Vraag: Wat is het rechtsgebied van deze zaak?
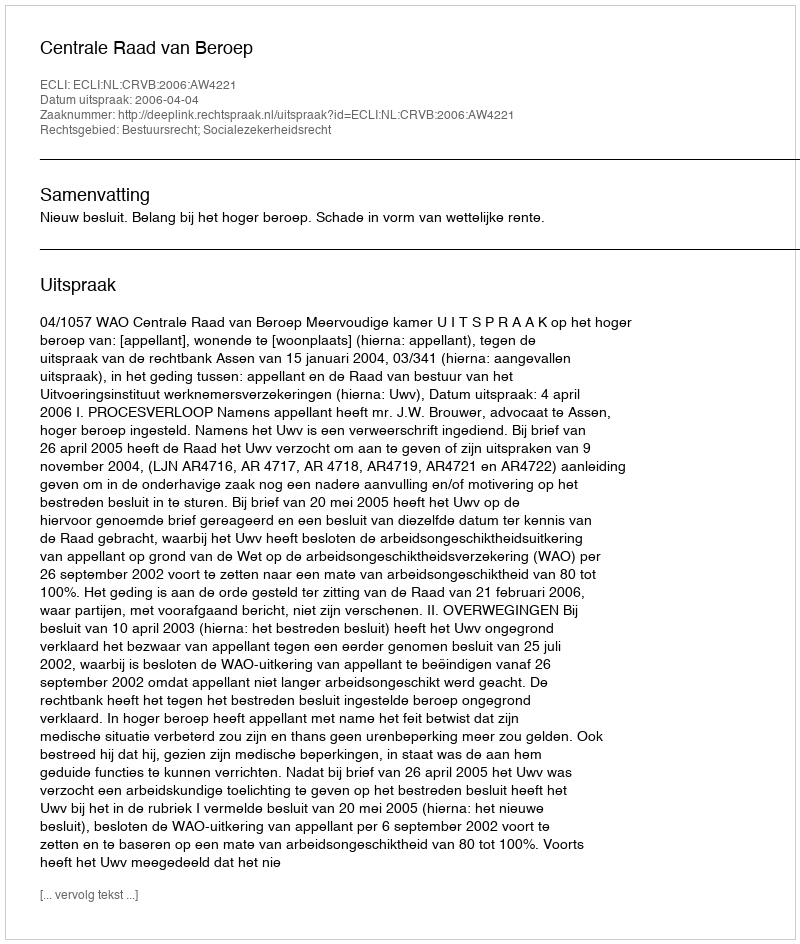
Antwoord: Bestuursrecht; Socialezekerheidsrecht